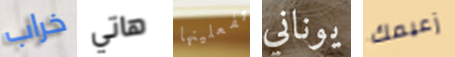
خراب هاتي تفعلينها يوناني زعيمك